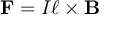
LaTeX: \mathbf { F } = I { \boldsymbol { \ell } } \times \mathbf { B }